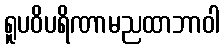
ရူပဝိပရိဏာမညထာဘာဝါ